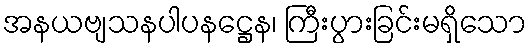
အနယဗျသနပါပနဋ္ဌေန၊ ကြီးပွားခြင်းမရှိသော